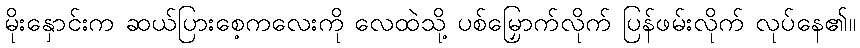
မိုးနှောင်းက ဆယ်ပြားစေ့ကလေးကို လေထဲသို့ ပစ်မြှောက်လိုက် ပြန်ဖမ်းလိုက် လုပ်နေ၏။